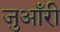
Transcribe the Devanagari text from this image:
जुआँरी